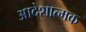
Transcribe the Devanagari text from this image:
आदेशात्‍मक